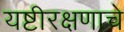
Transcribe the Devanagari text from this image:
यष्टीरक्षणाचे